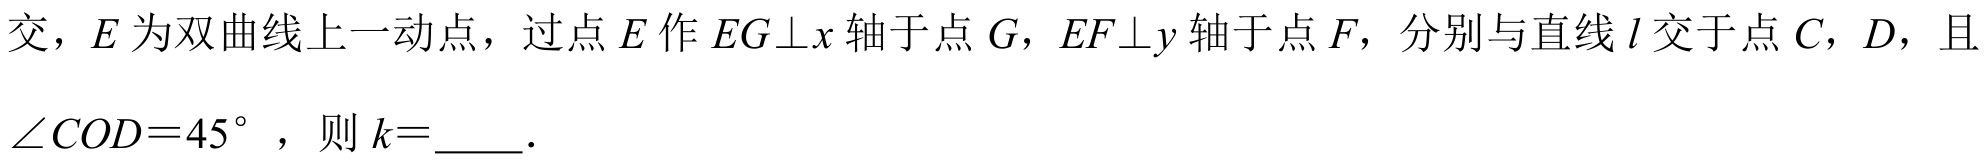
交，\(E\) 为双曲线上一动点，过点 \(E\) 作 \(EG\perp x\) 轴于点 \(G\)，\(EF\perp y\) 轴于点 \(F\)，分别与直线 \(l\) 交于点 \(C\)，\(D\)，且 \(\angle COD = 45^{\circ}\)，则 \(k = \)  ．